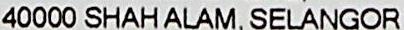
40000 SHAH ALAM, SELANGOR